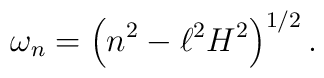
\omega_n=\left(n^2-\ell^2 H^2\right)^{1/2}.